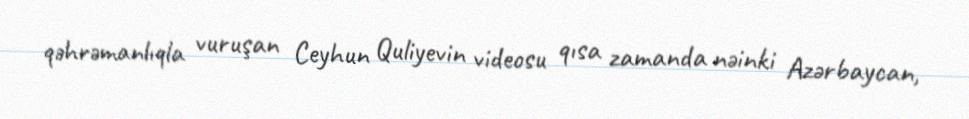
qəhrəmanlıqla vuruşan Ceyhun Quliyevin videosu qısa zamanda nəinki Azərbaycan,